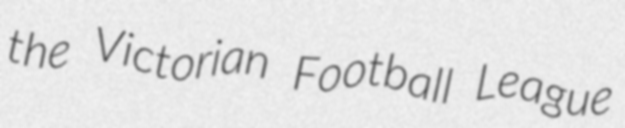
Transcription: the Victorian Football League